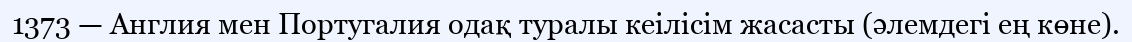
1373 — Англия мен Португалия одақ туралы кеілісім жасасты (әлемдегі ең көне).